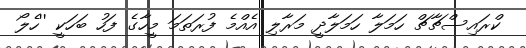
ކްރައިސްޗާޗް ހަމަލާ ހަމަލާދީ މަރާލި އެއްމެ ފުރަތަމަ މީހާގެ ފަހު ބަހަކީ ''ހެލޯ